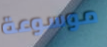
موسوعة